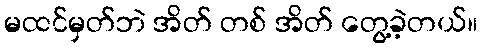
မထင်မှတ်ဘဲ အိတ် တစ် အိတ် တွေ့ခဲ့တယ်။